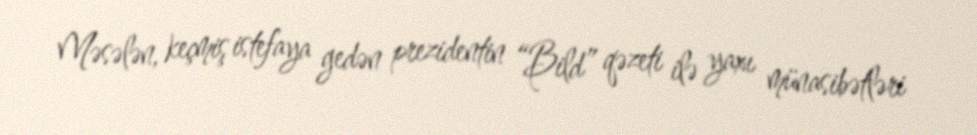
Məsələn, keçmiş istefaya gedən prezidentin “Bild” qəzeti ilə yaxı münasibətləri